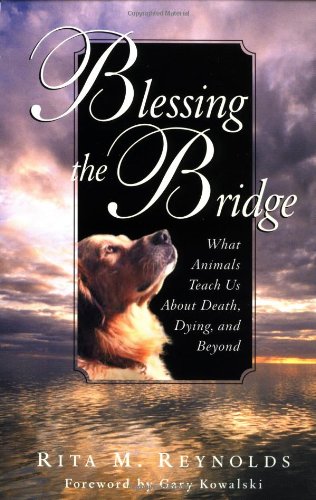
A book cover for Blessing the Bridge: What Animals Teach Us About Death, Dying, and Beyond; Rita M. Reynolds; Crafts, Hobbies & Home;